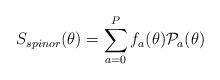
LaTeX: \begin{align*}S_{spinor} (\theta) = \sum_{a=0}^{P} f_a(\theta) {\cal P}_a (\theta)\end{align*}